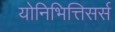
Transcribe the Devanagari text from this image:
योनिभित्तिसर्स